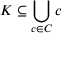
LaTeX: K \subseteq \bigcup _ { c \in C } c